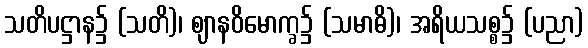
သတိပဋ္ဌာန၌ (သတိ)၊ ဈာနဝိမောက္ခ၌ (သမာဓိ)၊ အရိယသစ္စ၌ (ပညာ)